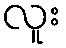
လူး